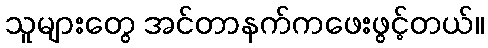
သူများတွေ အင်တာနက်ကဖေးဖွင့်တယ်။